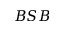
B S B